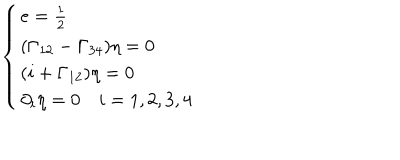
\left\{ \begin{array} { l l l l } { { e = \frac { 1 } { 2 } } } \\ { { ( \Gamma _ { 1 2 } - \Gamma _ { 3 4 } ) \eta = 0 } } \\ { { ( i + \Gamma _ { 1 2 } ) \eta = 0 } } \\ { { \partial _ { i } \eta = 0 \quad i = 1 , 2 , 3 , 4 } } \\ \end{array} \right.